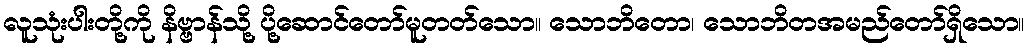
လူသုံးပါးတို့ကို နိဗ္ဗာန်သို့ ပို့ဆောင်တော်မူတတ်သော။ သောဘိတော၊ သောဘိတအမည်တော်ရှိသော။